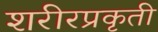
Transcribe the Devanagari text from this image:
शरीरप्रकृती